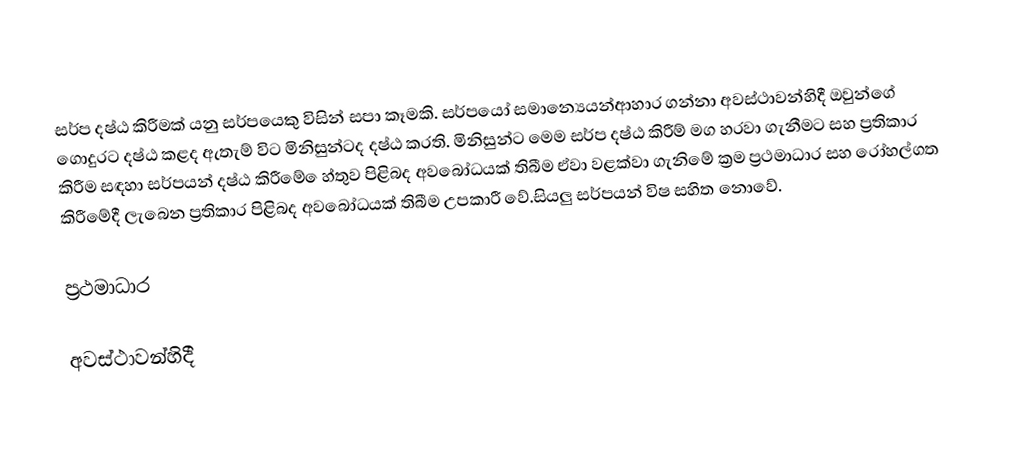
සර්ප දෂ්ඨ කිරීමක් යනු සර්පයෙකු විසින් සපා කෑමකි.  සර්පයෝ  සමාන්‍ය‍ෙයන්ආහාර ගන්නා අවස්ථාවන්හිදී  ඔවුන්ගේ ගොදුරට දෂ්ඨ කළද ඇතැම්  විට මිනිසුන්ටද දෂ්ඨ කරති. මිනිසුන්ට මෙම සර්ප දෂ්ඨ කිරීම් මග හරවා ගැනීමට සහ ප්‍රතිකාර කිරීම සඳහා  සර්පයන් දෂ්ඨ කිරීමේ‍ ‍ෙහ්තුව  පිළිබද අවබෝධයක් තිබීම ඒවා වළක්වා ගැනිමේ  ක්‍රම ප්‍රථමාධාර සහ රෝහල්ගත කිරීමේදී ලැබෙන ප්‍රතිකාර පිළිබද අවබෝධයක්  තිබීම උපකාරී වේ.සියලු සර්පයන් විෂ සහිත නොවේ.

ප්‍රථමාධාර

අවස්ථාවන්හිදී